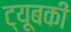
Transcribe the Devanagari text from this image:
ट्यूबकी